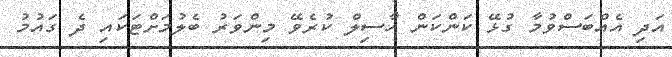
އަދި އެއްބަސްވުމާ ގުޅޭ ކަންކަން ހާސިލް ކުރެވޭ މިންވަރު ބެލުމަށްޓަކައި ދެ ގައުމު